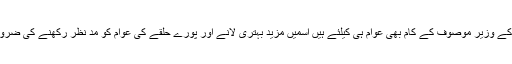
حلقہ ون کے وزیر موصوف کے کام بھی عوام ہی کیلئے ہیں اسمیں مزید بہتری لانے اور پورے حلقے کی عوام کو مد نظر رکھنے کی ضرورت ہے۔